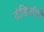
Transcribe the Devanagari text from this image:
दंडितांची